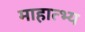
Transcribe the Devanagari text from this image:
माहात्भ्य